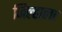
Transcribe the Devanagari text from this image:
जिल्हाला